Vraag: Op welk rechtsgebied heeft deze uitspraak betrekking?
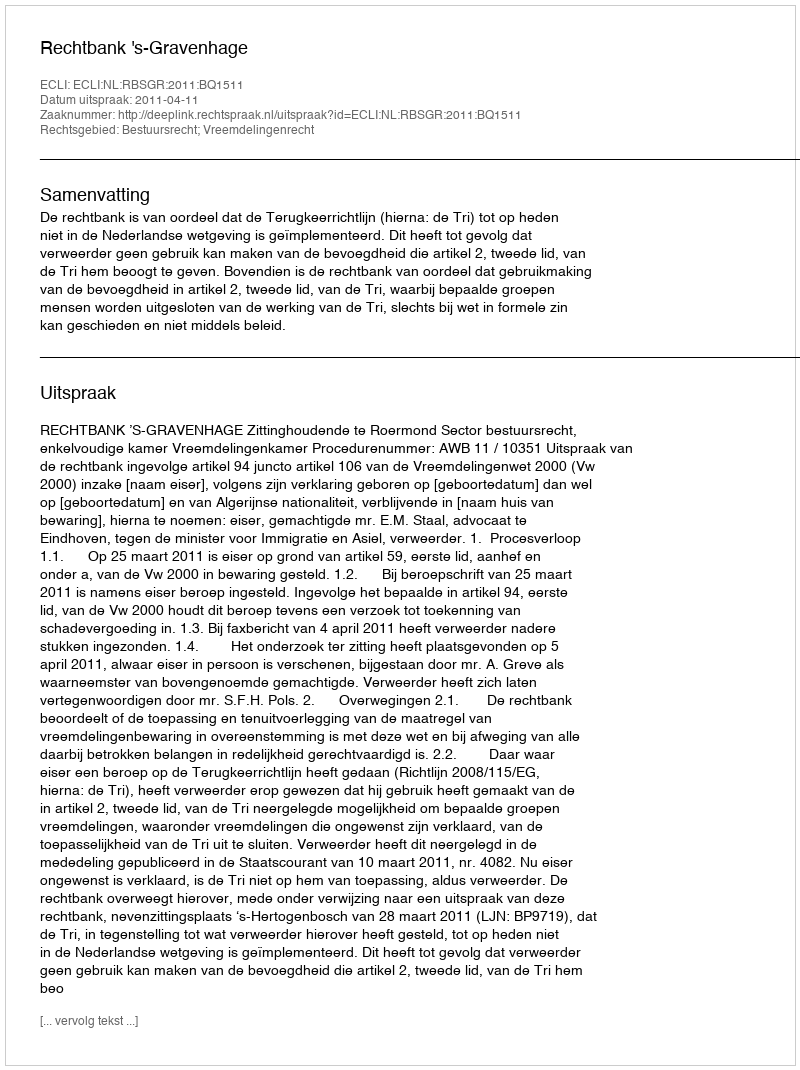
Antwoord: Bestuursrecht; Vreemdelingenrecht